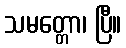
သမတ္တော၊ ပြီ။